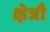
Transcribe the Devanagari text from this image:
क्षेत्रौ